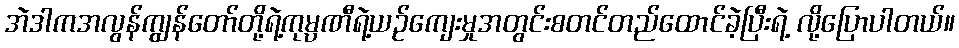
အဲဒါကအလွန်ကျွန်တော်တို့ရဲ့ကုမ္ပဏီရဲ့ယဉ်ကျေးမှုအတွင်းစတင်တည်ထောင်ခဲ့ပြီးရဲ့ လို့ပြောပါတယ်။